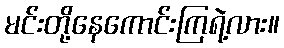
မင်းတို့နေကောင်းကြရဲ့လား။